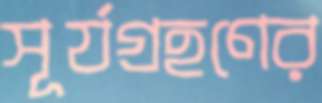
সূর্যগ্রহণের